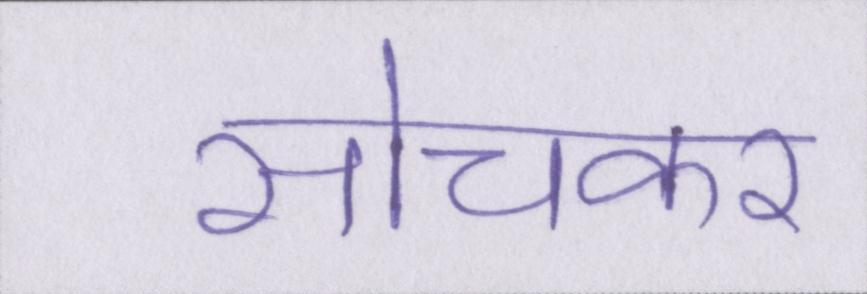
सोचकर